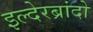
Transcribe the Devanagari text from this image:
इल्देरब्रांदो